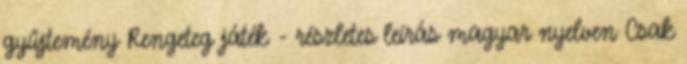
gyűjtemény Rengeteg játék - részletes leírás magyar nyelven Csak